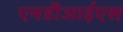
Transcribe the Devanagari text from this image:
एनडीआईएस